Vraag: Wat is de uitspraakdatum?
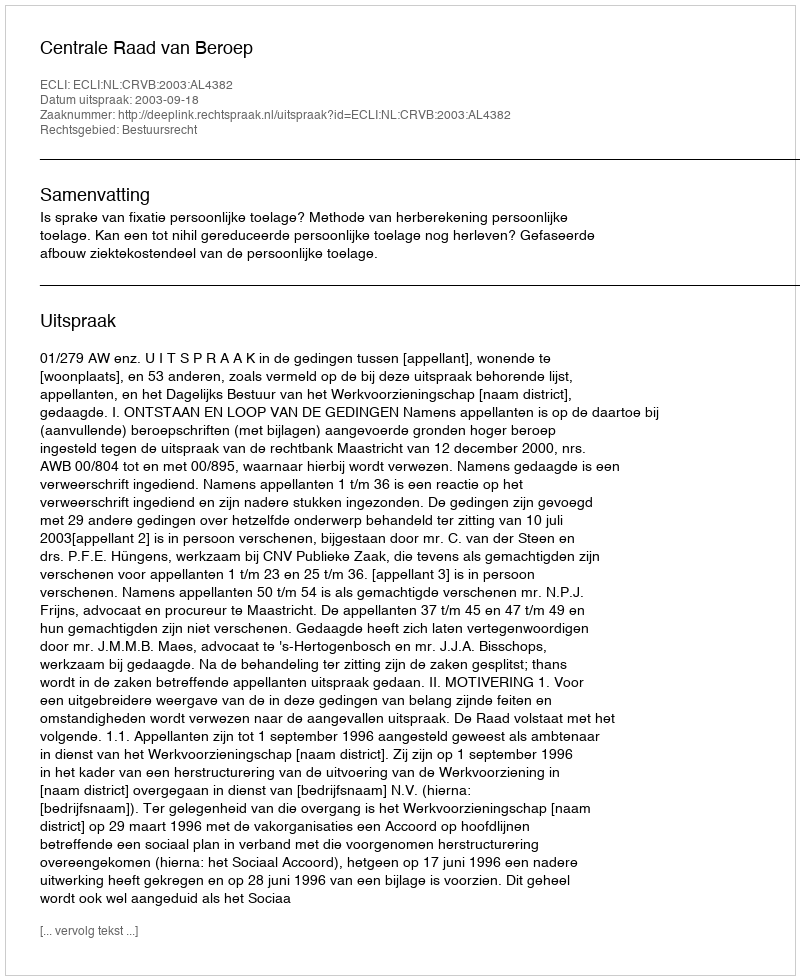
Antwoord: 2003-09-18